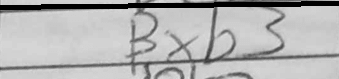
Transcription: Bxb3